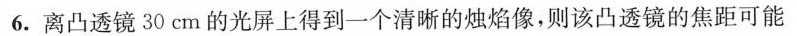
6.离凸透镜30cm的光屏上得到一个清晰的烛焰像，则该凸透镜的焦距可能